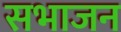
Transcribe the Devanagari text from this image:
सभाजन